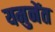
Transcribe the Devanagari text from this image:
यमुनेंत